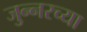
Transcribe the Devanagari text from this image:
जुन्‍नरच्या